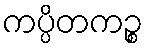
ကပ္ပိတကဉ္စ